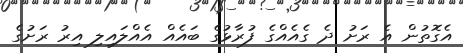
އެގޮތުން އެ ރަށު ދެ ގެއެއްގެ ފުރާޅުގެ ބައެއް އެއްލައިލި އިރު ރަށުގެ